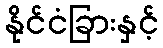
နိုင်ငံခြားနှင့်